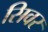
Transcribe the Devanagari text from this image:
सिवर